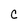
Character: C